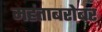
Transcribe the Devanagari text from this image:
महंताबरोबर